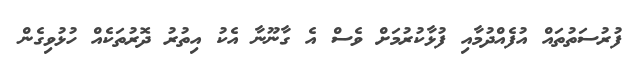
ފުރުސަތުތައް އުފެއްދުމާއި ފުޅާކުރުމަށް ވެސް އެ ގާނޫނާ އެކު އިތުރު ދޮރުތަކެއް ހުޅުވިގެން